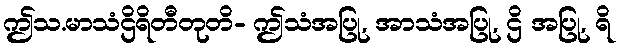
ဤသ.မာသံဌိရိတီတုတိ- ဤသံအပြု, အာသံအပြု, ဌိ အပြု, ရိ